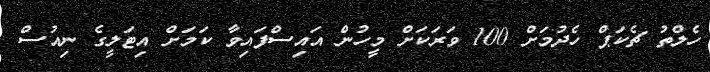
ހެލްތު ޗެކަޕް ހެދުމަށް 100 ވަރަކަށް މީހުން އައިސްފައިވާ ކަމަށް އިޓަލީގެ ނިއުސް